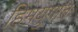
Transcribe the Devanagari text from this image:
हिमयुगात